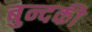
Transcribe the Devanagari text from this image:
बुन्दकी